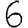
Digit: 6